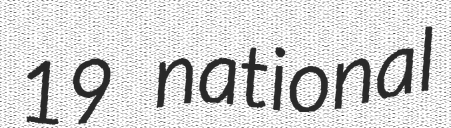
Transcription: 19 national